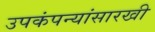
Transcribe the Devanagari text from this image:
उपकंपन्यांसारखी